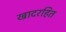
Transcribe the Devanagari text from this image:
खादरहित